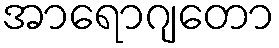
အာရောဂျတော